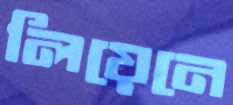
লিয়েনে